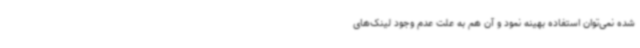
شده نمی‌توان استفاده بهینه نمود و آن هم به علت عدم وجود لینک‌های